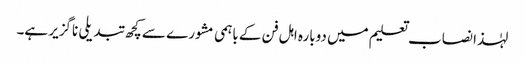
لہٰذا نصاب تعلیم میں دوبارہ اہل فن کے باہمی مشورے سے کچھ تبدیلی ناگزیر ہے۔